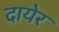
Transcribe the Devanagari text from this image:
दायेर